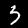
Label: 3